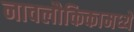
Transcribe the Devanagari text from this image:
नावलौकिकामध्ये